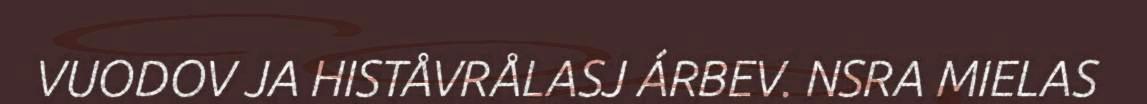
VUODOV JA HISTÅVRÅLASJ ÁRBEV. NSRA MIELAS